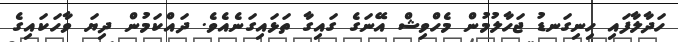
ހަދާލާފައި ހިނިގަނޑު ޖަހާލުމުން މެހްވިޝް އޭނަގެ ގައިގާ ތަޅައިގަނެއެވެ. ދައްކަމުން ދިޔަ ވާހަކައިގެ